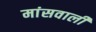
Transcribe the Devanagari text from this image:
मांसवाली